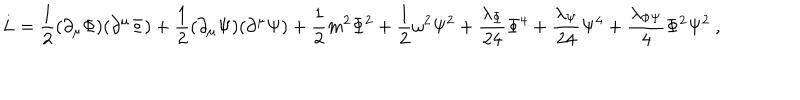
L = { \frac { 1 } { 2 } } ( \partial _ { \mu } \Phi ) ( \partial ^ { \mu } \Phi ) + { \frac { 1 } { 2 } } ( \partial _ { \mu } \Psi ) ( \partial ^ { \mu } \Psi ) + { \frac { 1 } { 2 } } m ^ { 2 } \Phi ^ { 2 } + { \frac { 1 } { 2 } } \omega ^ { 2 } \Psi ^ { 2 } + { \frac { \lambda _ { \Phi } } { 2 4 } } \Phi ^ { 4 } + { \frac { \lambda _ { \Psi } } { 2 4 } } \Psi ^ { 4 } + { \frac { \lambda _ { \Phi \Psi } } { 4 } } \Phi ^ { 2 } \Psi ^ { 2 } ~ ,